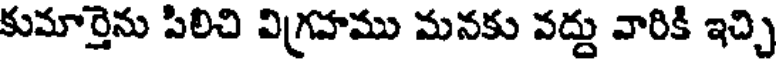
కుమార్తెను పిలిచి విగ్రహము మనకు వద్దు వారికి ఇచ్చి